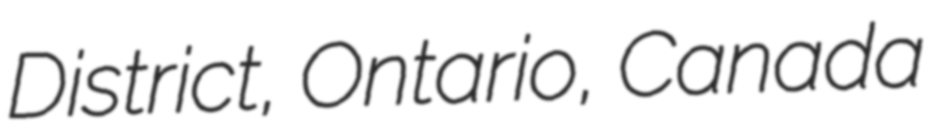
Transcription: District, Ontario, Canada